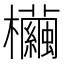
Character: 𣠷